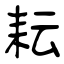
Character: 耘